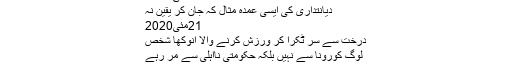
26مئی2020
دیانتداری کی ایسی عمدہ مثال کہ جان کر یقین نہ
21مئی2020
درخت سے سر ٹکرا کر ورزش کرنے والا انوکھا شخص
لوگ کورونا سے نہیں بلکہ حکومتی نااہلی سے مر رہے
کون کونسے شعبے بند رہیں گے؟